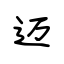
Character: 迈